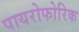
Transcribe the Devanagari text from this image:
पायरोफोरिक